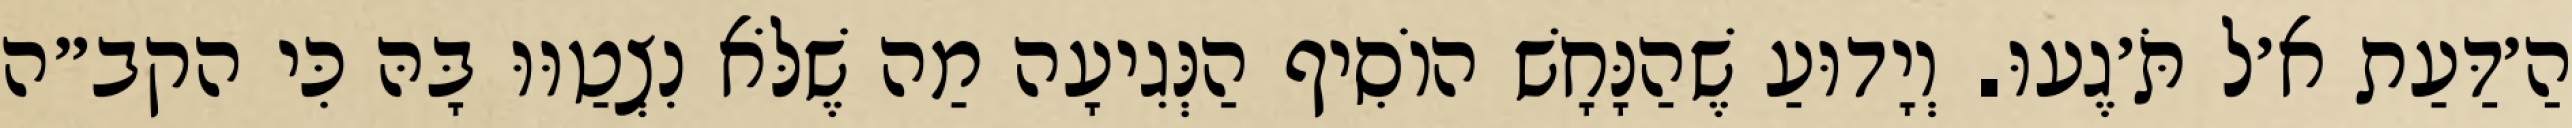
הַ׳דַּעַת א׳ל תֹּ׳גֶעוּ. וְיָדוּעַ שֶׁהַנָּחָשׁ הוֹסִיף הַנְּגִיעָה מַה שֶׁלֹּא נִצְטַוּוּ בָּהּ כִּי הקב״ה